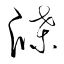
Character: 牒